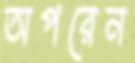
অপরেন